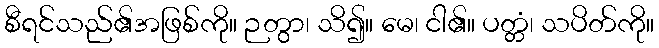
စီရင်သည်၏အဖြစ်ကို။ ဉတွာ၊ သိ၍။ မေ၊ ငါ၏။ ပတ္တံ၊ သပိတ်ကို။